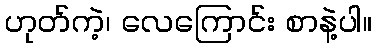
ဟုတ်ကဲ့၊ လေကြောင်း စာနဲ့ပါ။